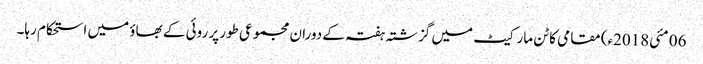
06 مئی2018ء) مقامی کاٹن مارکیٹ میں گزشتہ ہفتہ کے دوران مجموعی طورپر روئی کے بھاؤ میں استحکام رہا۔